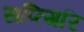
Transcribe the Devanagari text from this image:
सप्त्गिरि